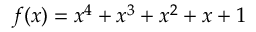
f ( x ) = x ^ { 4 } + x ^ { 3 } + x ^ { 2 } + x + 1